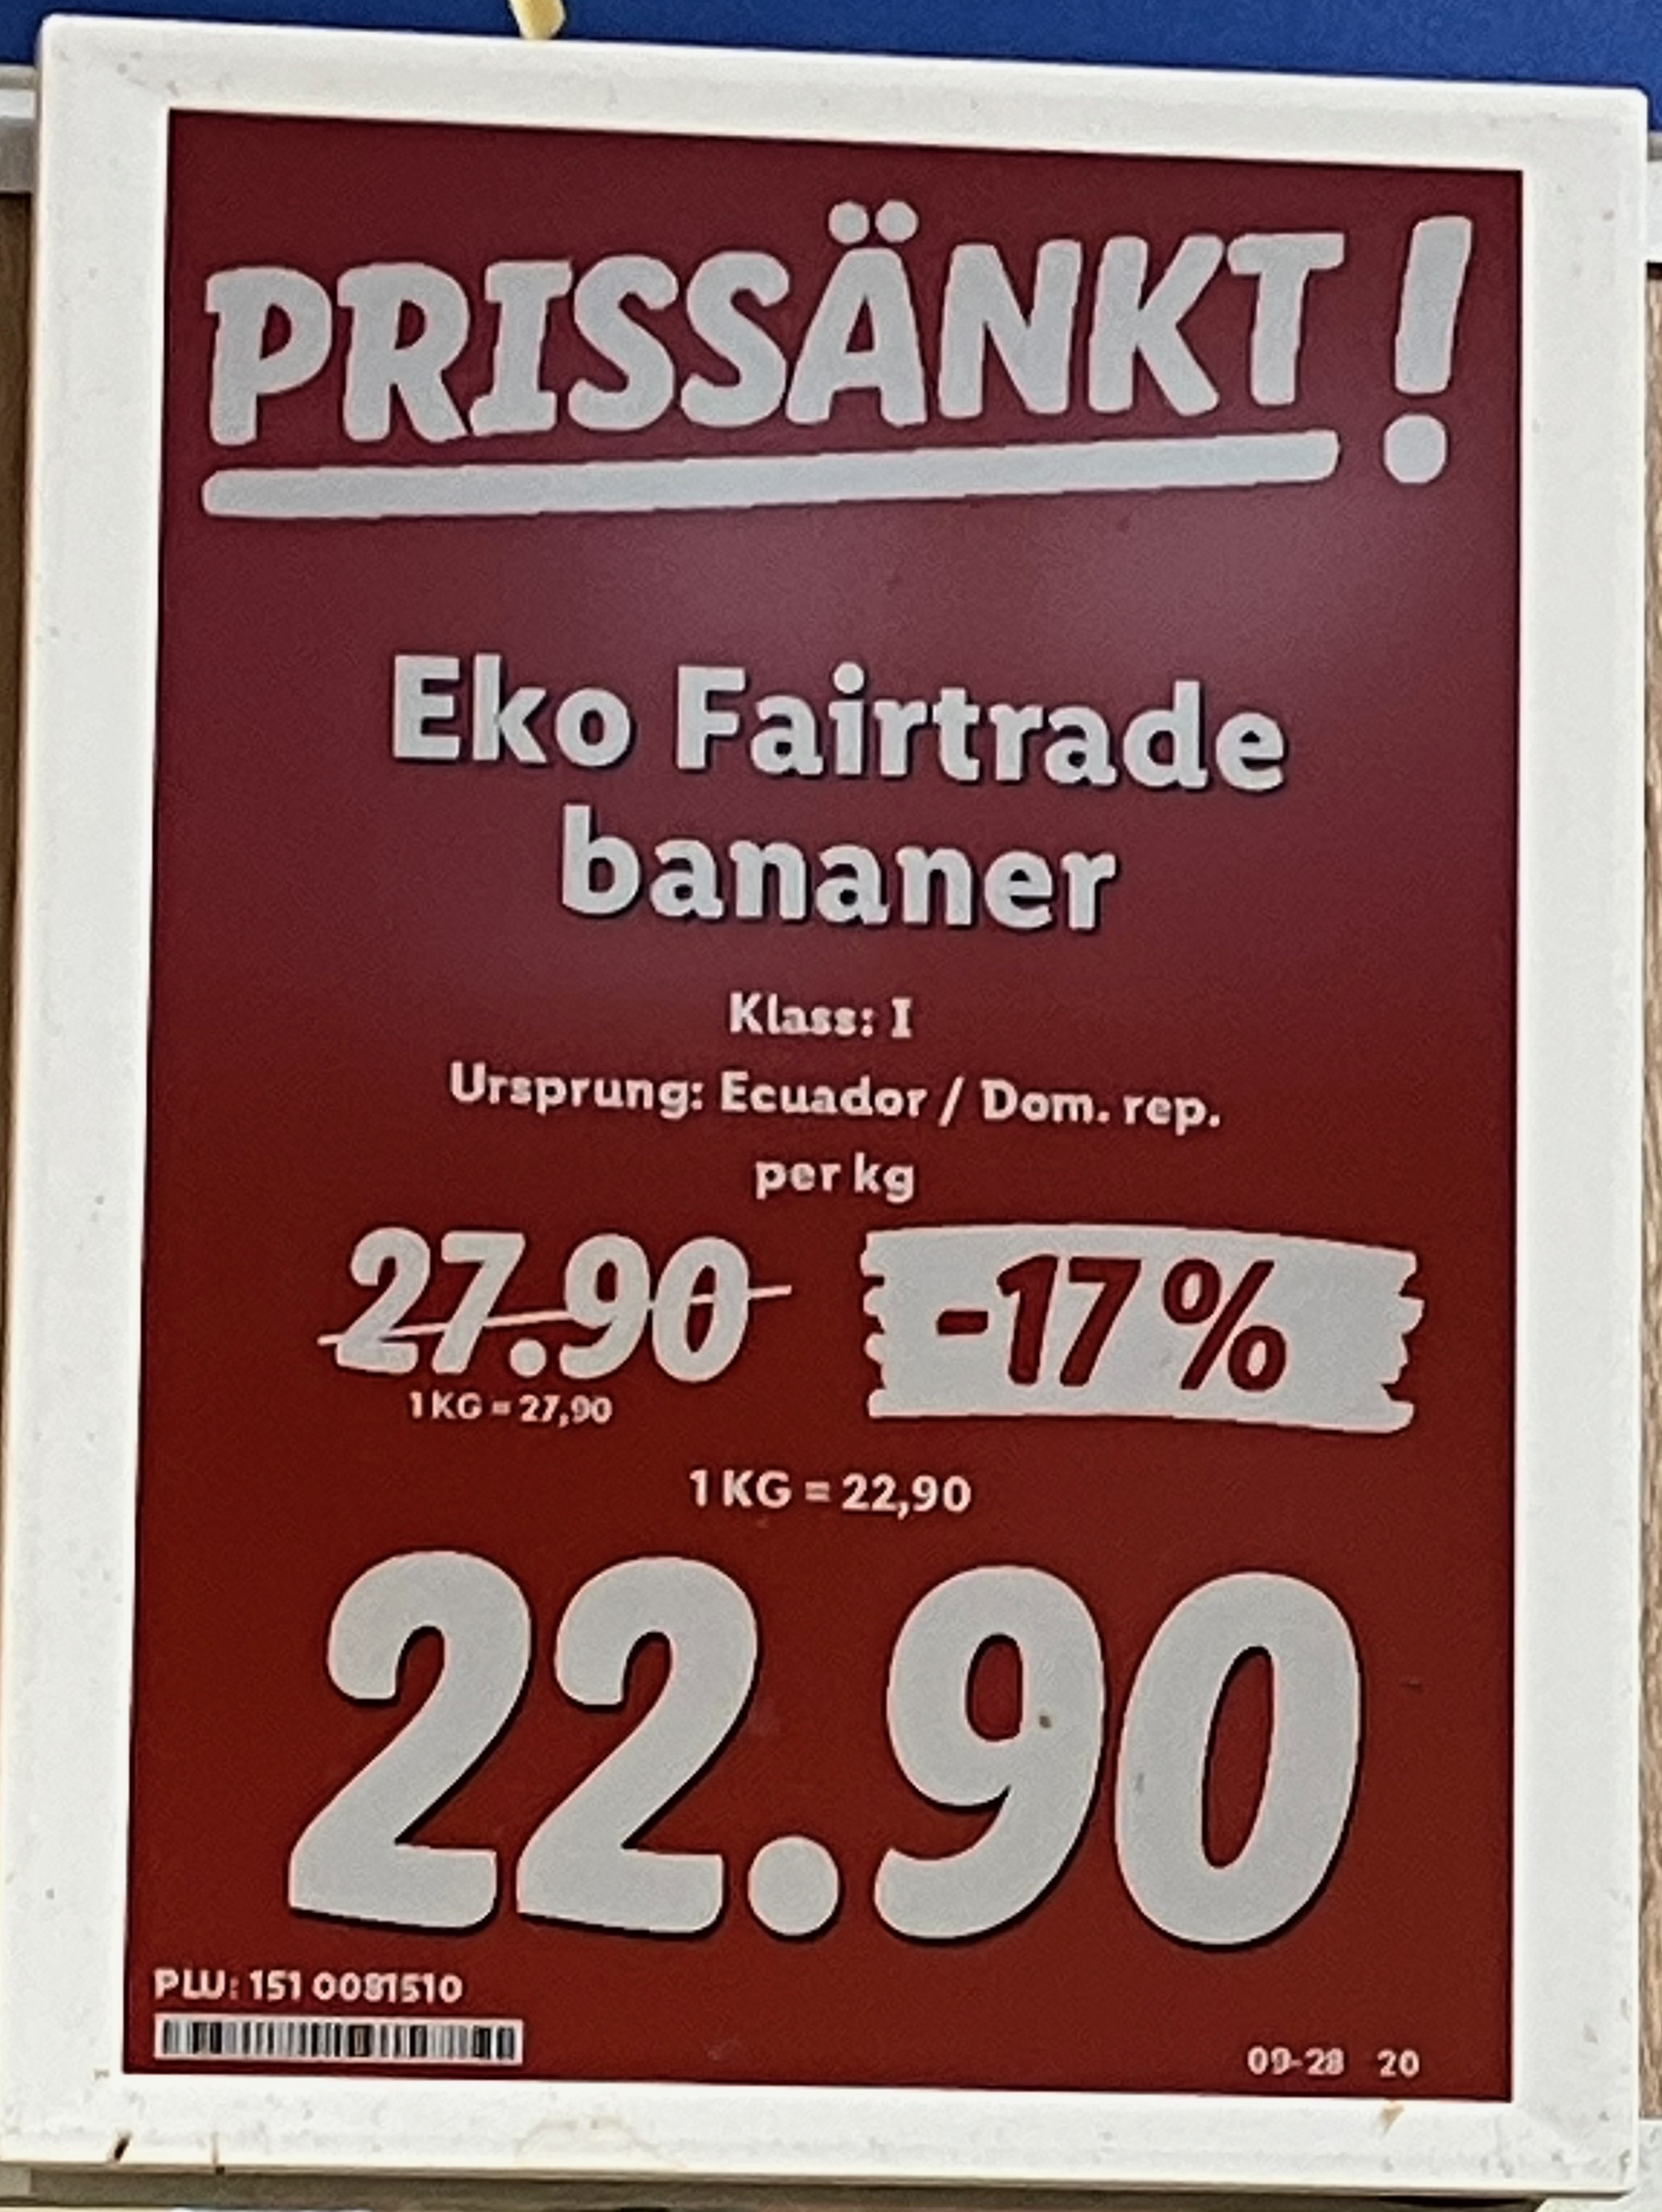
Vara: Eko Fairtrade bananer
Genomsnittspris: 22.9 per kg